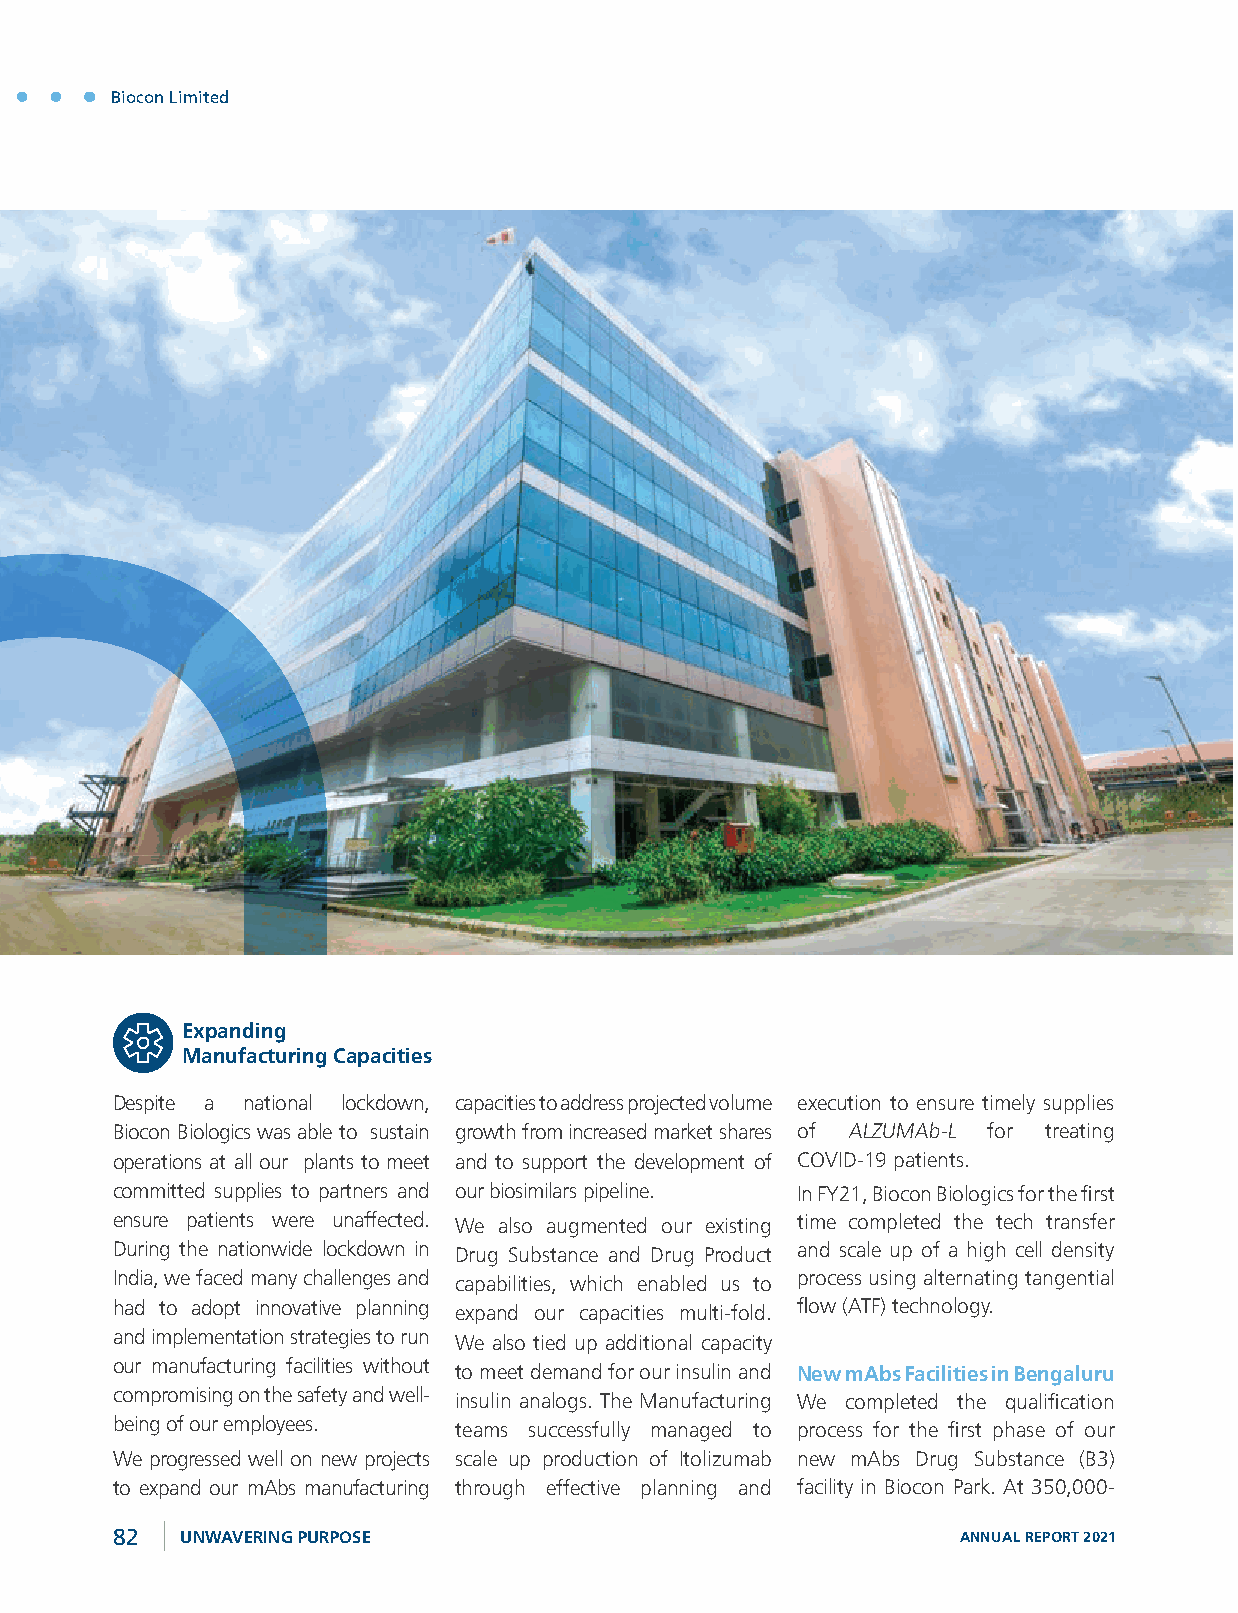
Biocon Limited
 Expanding
 Manufacturing Capacities
 Despite a national lockdown, capacities to address projected volume execution to ensure timely supplies
 Biocon Biologics was able to sustain growth from increased market shares of ALZUMAb-L for treating
 operations at all our plants to meet and to support the development of COVID-19 patients.
 committed supplies to partners and our biosimilars pipeline. In FY21, Biocon Biologics for the first
 ensure patients were unaffected. We also augmented our existing time completed the tech transfer
 During the nationwide lockdown in Drug Substance and Drug Product and scale up of a high cell density
 India, we faced many challenges and capabilities, which enabled us to process using alternating tangential
 had to adopt innovative planning expand our capacities multi-fold. flow (ATF) technology.
 and implementation strategies to run We also tied up additional capacity
 our manufacturing facilities without to meet demand for our insulin and New mAbs Facilities in Bengaluru
 compromising on the safety and well- insulin analogs. The Manufacturing We completed the qualification
 being of our employees. teams successfully managed to process for the first phase of our
 We progressed well on new projects scale up production of Itolizumab new mAbs Drug Substance (B3)
 to expand our mAbs manufacturing through effective planning and facility in Biocon Park. At 350,000-
 82   UNWAVERING PURPOSE                                  ANNUAL REPORT 2021